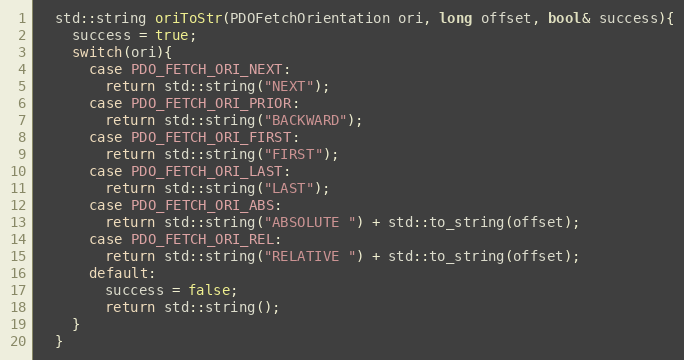
Language: C
  std::string oriToStr(PDOFetchOrientation ori, long offset, bool& success){
    success = true;
    switch(ori){
      case PDO_FETCH_ORI_NEXT:
        return std::string("NEXT");
      case PDO_FETCH_ORI_PRIOR:
        return std::string("BACKWARD");
      case PDO_FETCH_ORI_FIRST:
        return std::string("FIRST");
      case PDO_FETCH_ORI_LAST:
        return std::string("LAST");
      case PDO_FETCH_ORI_ABS:
        return std::string("ABSOLUTE ") + std::to_string(offset);
      case PDO_FETCH_ORI_REL:
        return std::string("RELATIVE ") + std::to_string(offset);
      default:
        success = false;
        return std::string();
    }
  }